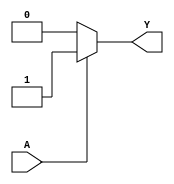
module single_variable_kmap (
    input wire A,     // Single input variable
    output wire Y     // Output variable
);

// Parameters for K-map values
parameter Y0 = 1'b0; // Output for A = 0
parameter Y1 = 1'b1; // Output for A = 1

// Combinational logic to determine output Y based on input A
assign Y = (A == 1'b0) ? Y0 : Y1;

endmodule